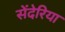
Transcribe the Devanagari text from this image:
सेंदेरिया